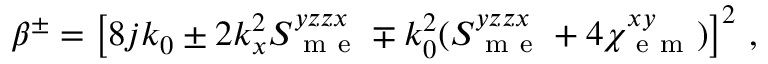
\begin{array} { r } { \beta ^ { \pm } = \left[ 8 j k _ { 0 } \pm 2 k _ { x } ^ { 2 } S _ { \mathrm { ~ m ~ e ~ } } ^ { y z z x } \mp k _ { 0 } ^ { 2 } ( S _ { \mathrm { ~ m ~ e ~ } } ^ { y z z x } + 4 \chi _ { \mathrm { ~ e ~ m ~ } } ^ { x y } ) \right] ^ { 2 } \, , } \end{array}